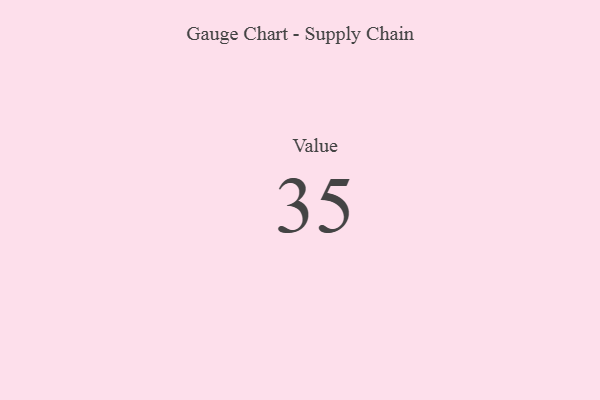
{"axis": {"x": "Metric", "y": "Value"}, "legend": [""], "data": [{"x": "Value", "y": 35, "type": ""}]}